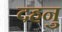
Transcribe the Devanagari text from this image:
दहनु